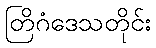
တြိဂံဒေသတိုင်း